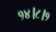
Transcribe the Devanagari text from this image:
१४।८।१